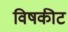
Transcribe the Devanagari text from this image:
विषकीट